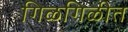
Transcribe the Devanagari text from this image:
गिळगिळीत